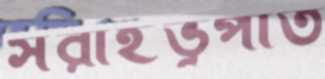
সরাইভূপাত